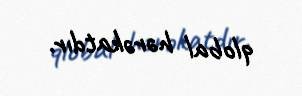
qlobal hərəkatdır.